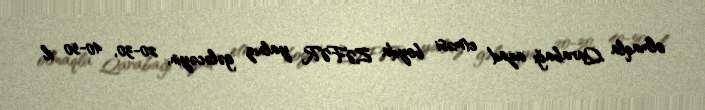
olmaqla Qarabağı azad etməsi boyda ZƏFƏR yalnız gələcəyin, 20-30, 40-50 il